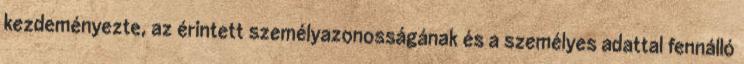
kezdeményezte, az érintett személyazonosságának és a személyes adattal fennálló